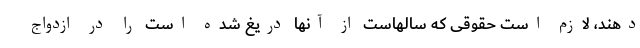
دهند، لازم است حقوقی که سالهاست از آنها دریغ شده است را در ازدواج